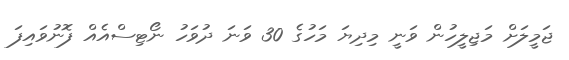
ޖަމީލަށް މަޖިލީހުން ވަނީ މިދިޔަ މަހުގެ 30 ވަނަ ދުވަހު ނޯޓިސްއެއް ފޮނުވައިފަ